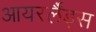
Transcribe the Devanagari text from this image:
आयरर्लैंड्स